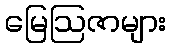
မြေဩဇာများ